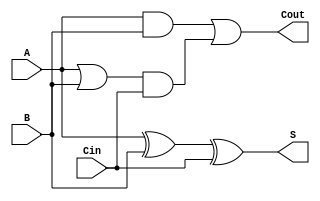
module CarryLookaheadFullAdder (
    input wire A,      // First input bit
    input wire B,      // Second input bit
    input wire Cin,    // Carry-in bit
    output wire S,     // Sum output
    output wire Cout   // Carry-out output
);

// Intermediate signals
wire G;  // Generate signal
wire P;  // Propagate signal

// Generate and Propagate logic
assign G = A & B;        // G = A AND B
assign P = A | B;        // P = A OR B

// Sum calculation
assign S = A ^ B ^ Cin;  // S = A XOR B XOR Cin

// Carry-out calculation
assign Cout = G | (P & Cin);  // Cout = G OR (P AND Cin)

endmodule